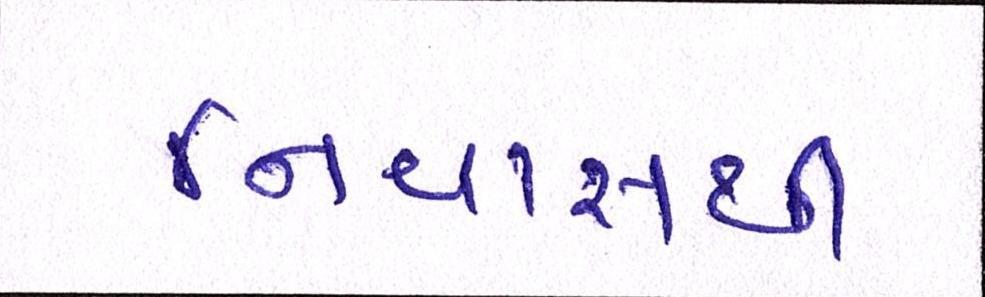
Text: નિવાસથી